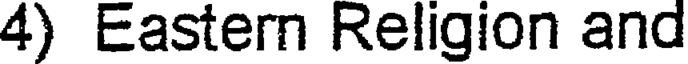
4) Eastern Religion and